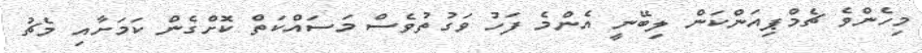
މިހެންވެ ޗެމްޕިއަންކަން ލިބޭނީ އެންމެ ފަހު ވަގުތުވެސް މަސައްކަތް ކޮށްގެން ކަމަށާއި މެޗު